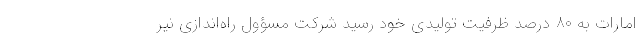
امارات به ۸۰ درصد ظرفیت تولیدی خود رسید شرکت مسؤول راه‌اندازی نیر